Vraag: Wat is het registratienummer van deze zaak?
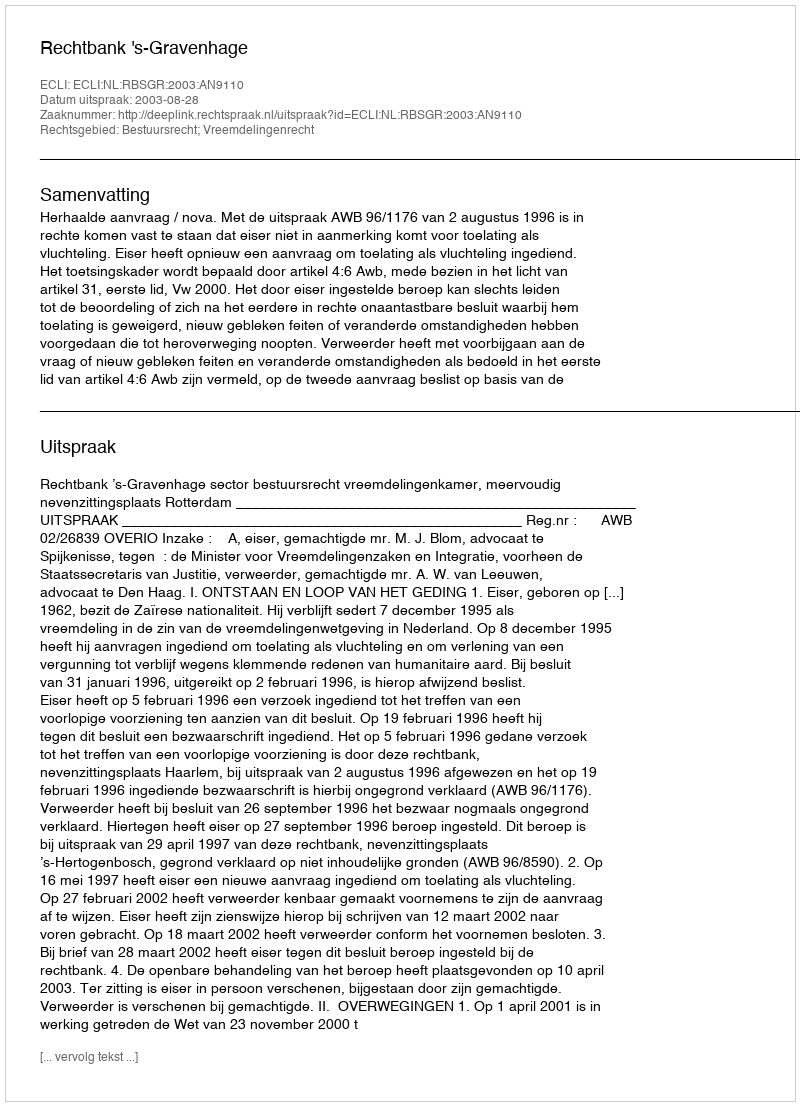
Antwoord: http://deeplink.rechtspraak.nl/uitspraak?id=ECLI:NL:RBSGR:2003:AN9110